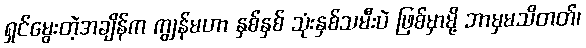
ရှင်မွေးတဲ့အချိန်က ကျွန်မဟာ နှစ်နှစ် သုံးနှစ်သမီးပဲ ဖြစ်မှာမို့ ဘာမှမသိတတ်၊